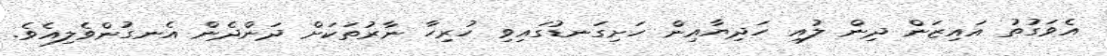
އެވަގުތު އައިޒަން ދިން ލުއި ހަދިޔާއިން ހަށިގަނޑުގައިވި ހުރިހާ ނާރުތަކަށް ދަންދެން އެނގުންވެލިއެވެ.